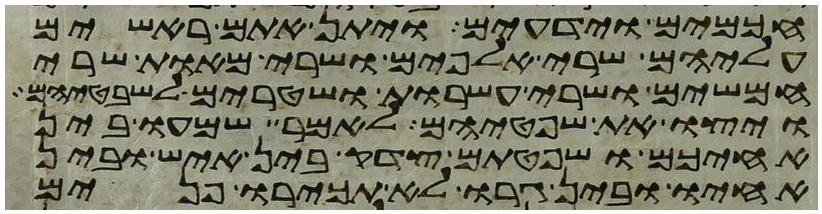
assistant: חכמים וידעים ויתן אתם ראשים
עליהם שרי אלפים ושרי מאות שרי
חמשים ושרי עשרות ושטרים לשבטיהם
ויצו את שפטיהם לאמר שמעו בין
אחיכם ושפטתם צדק בין איש ובין
אחיו ובין גרו לא תכירו פנים